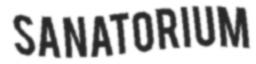
SANATORIUM